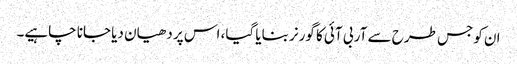
ان کو جس طرح سے آر بی آئی کا گورنر بنایا گیا، اس پر دھیان دیا جانا چاہیے۔